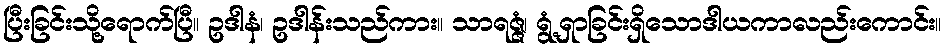
ပြီးခြင်းသို့ရောက်ပြီ။ ဥဒါနံ၊ ဥဒါန်းသည်ကား။ သာရဇ္ဇံ၊ ရွံ့ရှာခြင်းရှိသောဒါယကာလည်းကောင်း။